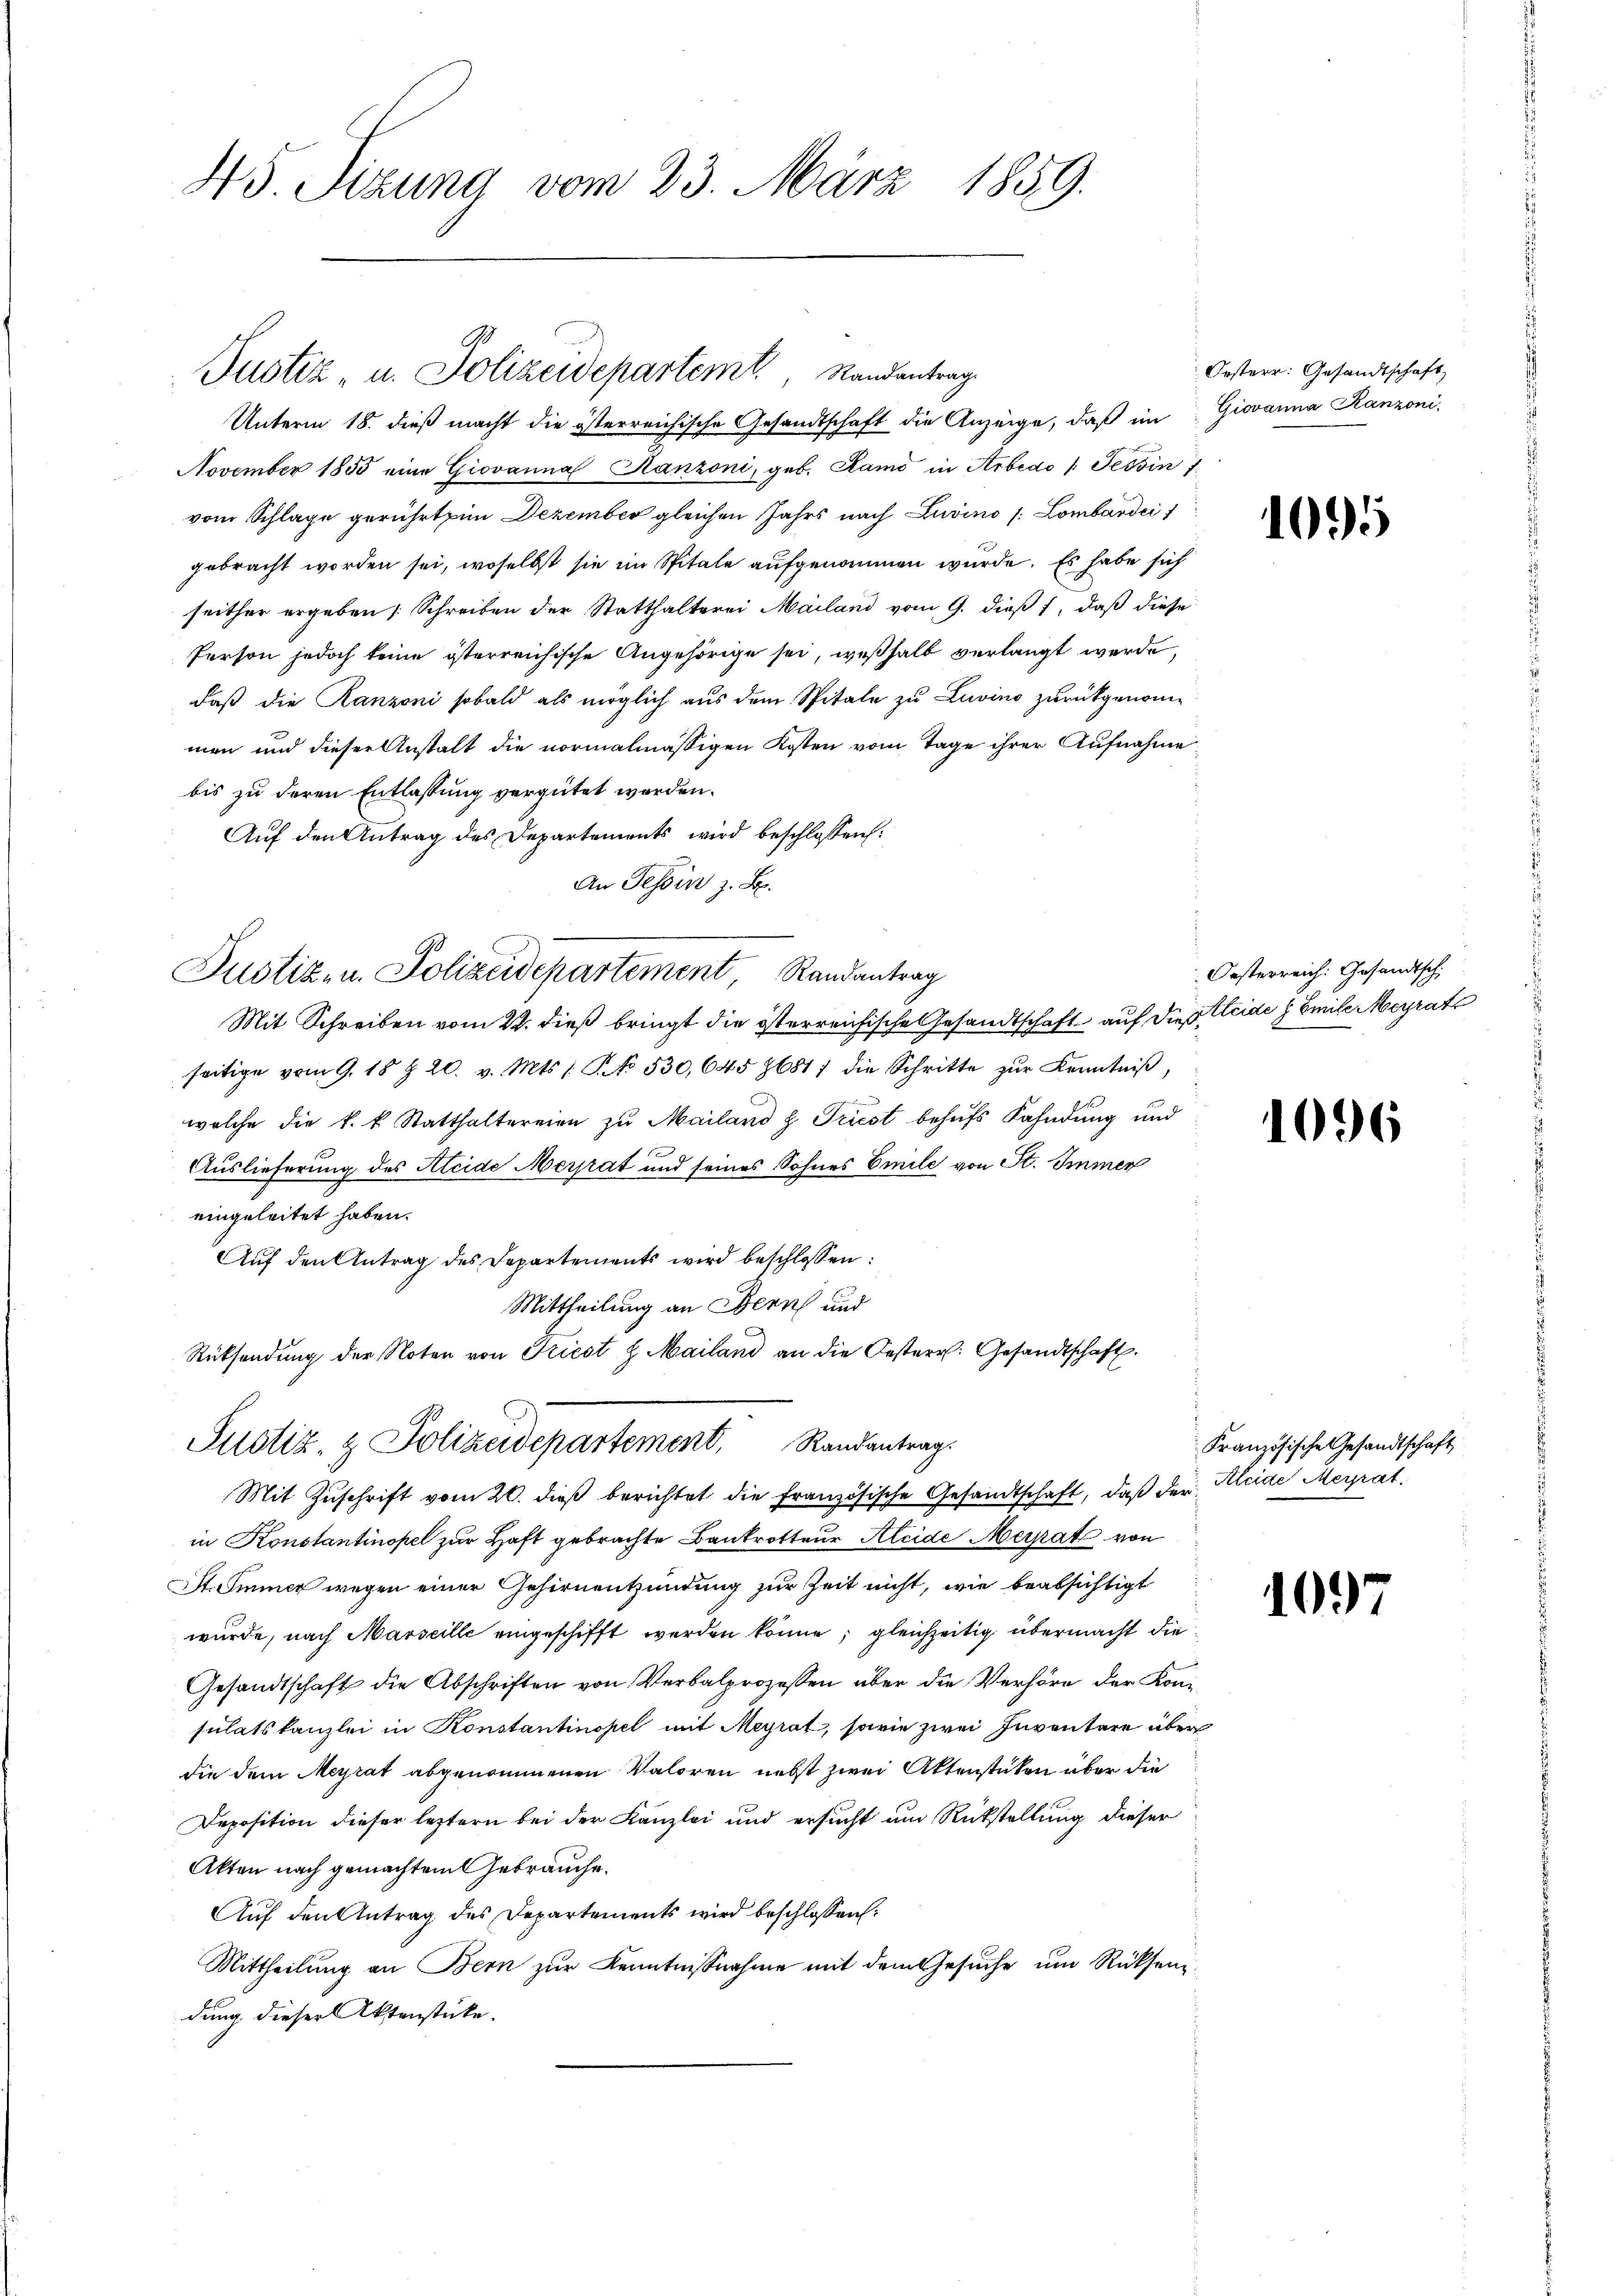
45. Sizung vom 23. März 1859.

Unterm 18. dieß macht die österreichische Gesandtschaft die Anzeige, daß im
November 1855 eine Giovanna Ranzoni, geb. Ramo in Arbedo /: Tessin f
vom Schlage gerührt im Dezember gleichen Jahrs nach Luvino /: Lombardei
gebracht worden sei, woselbst sie im Spitale aufgenommen wurde. Es habe sich
seither ergeben Schreiben der Statthalterei Mailand vom 9. dieβ 1, daß diese
Person jedoch keine österreichische Angehörige sei, weßhalb verlangt werde,
daß die Ranzoni sobald als möglich aus dem Spitale zu Luvino zurückgenommen und dieser Anstalt die vormalmässigen Kosten vom Tage ihrer Aufnahme
bis zu deren Entlassung vergütet werden.
Auf den Antrag des Departements wird beschlossen:
An Tessin z. B.
Justiz- u. Polizeidepartement Randantrag
Mit Schreiben vom 22. dieß bringt die österreichische Gesandtschaft auf die Kleide Emile Meyrat
seitige vom 9. 18 & 20. v. Mts. 1. No. 530, 645 76817 die Schritte zŭr Kenntniβ
welche die k. k. Statthaltereien zu Mailand z. Triest behufs Fahndung und
Auslieferung des Heide Merrat und seines Sohnes Emile von St. Immer
eingeleitet haben.
Aŭf den Antrag des Departements wird beschlossen:
Mittheilung an Bern und
Rücksendung der Noten von Friest 8. Mailand an die Oesterr. Gesandtschaft.
Justiz- & Polizeidepartement, Randantrag.
Mit Zuschrift vom 20. dieß berichtet die französische Gesandtschaft, daß der Kleide Meirat.
in Konstantinopel zur Haft gebrachte Bankrotteur Kleide Meipat von
St. Immer wegen einer Gehirnentzündung zur Zeit nicht, wie beabsichtigt
wurde, nach Marseille eingeschifft werden könne; gleichzeitig übermacht die¬
Gesandtschaft die Abschriften von Verbalprozessen über die Verhöre der Konsulatskanzlei in Konstantinopel mit Meyrat, sowie zwei Inventare über
die dem Meyrat abgenommenen Valoren nebst zwei Aktenstücken über die
Deposition dieser leztern bei der Kanzlei und ersucht um Rückstellung dieser
Akten nach gemachtem Gebrauche.
Auf den Antrag des Departements wird beschlossen:
Mittheilung an Bern zur Kenntnisnahme mit dem Gesŭche ŭm Rücksendung dieser Aktenstücke.

Pustiz- u. Polizeidepartem Randantrag

Oesterr. Gesandtschaft
Giovanna Kanzoni.

1095

Oesterreich: Gesandtsch

1096

Französische Gesandtschaft

1097